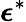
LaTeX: {\boldsymbol{\epsilon}}^{*}